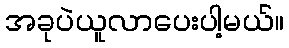
အခုပဲယူလာပေးပါ့မယ်။